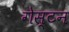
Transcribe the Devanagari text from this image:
गेस्टन